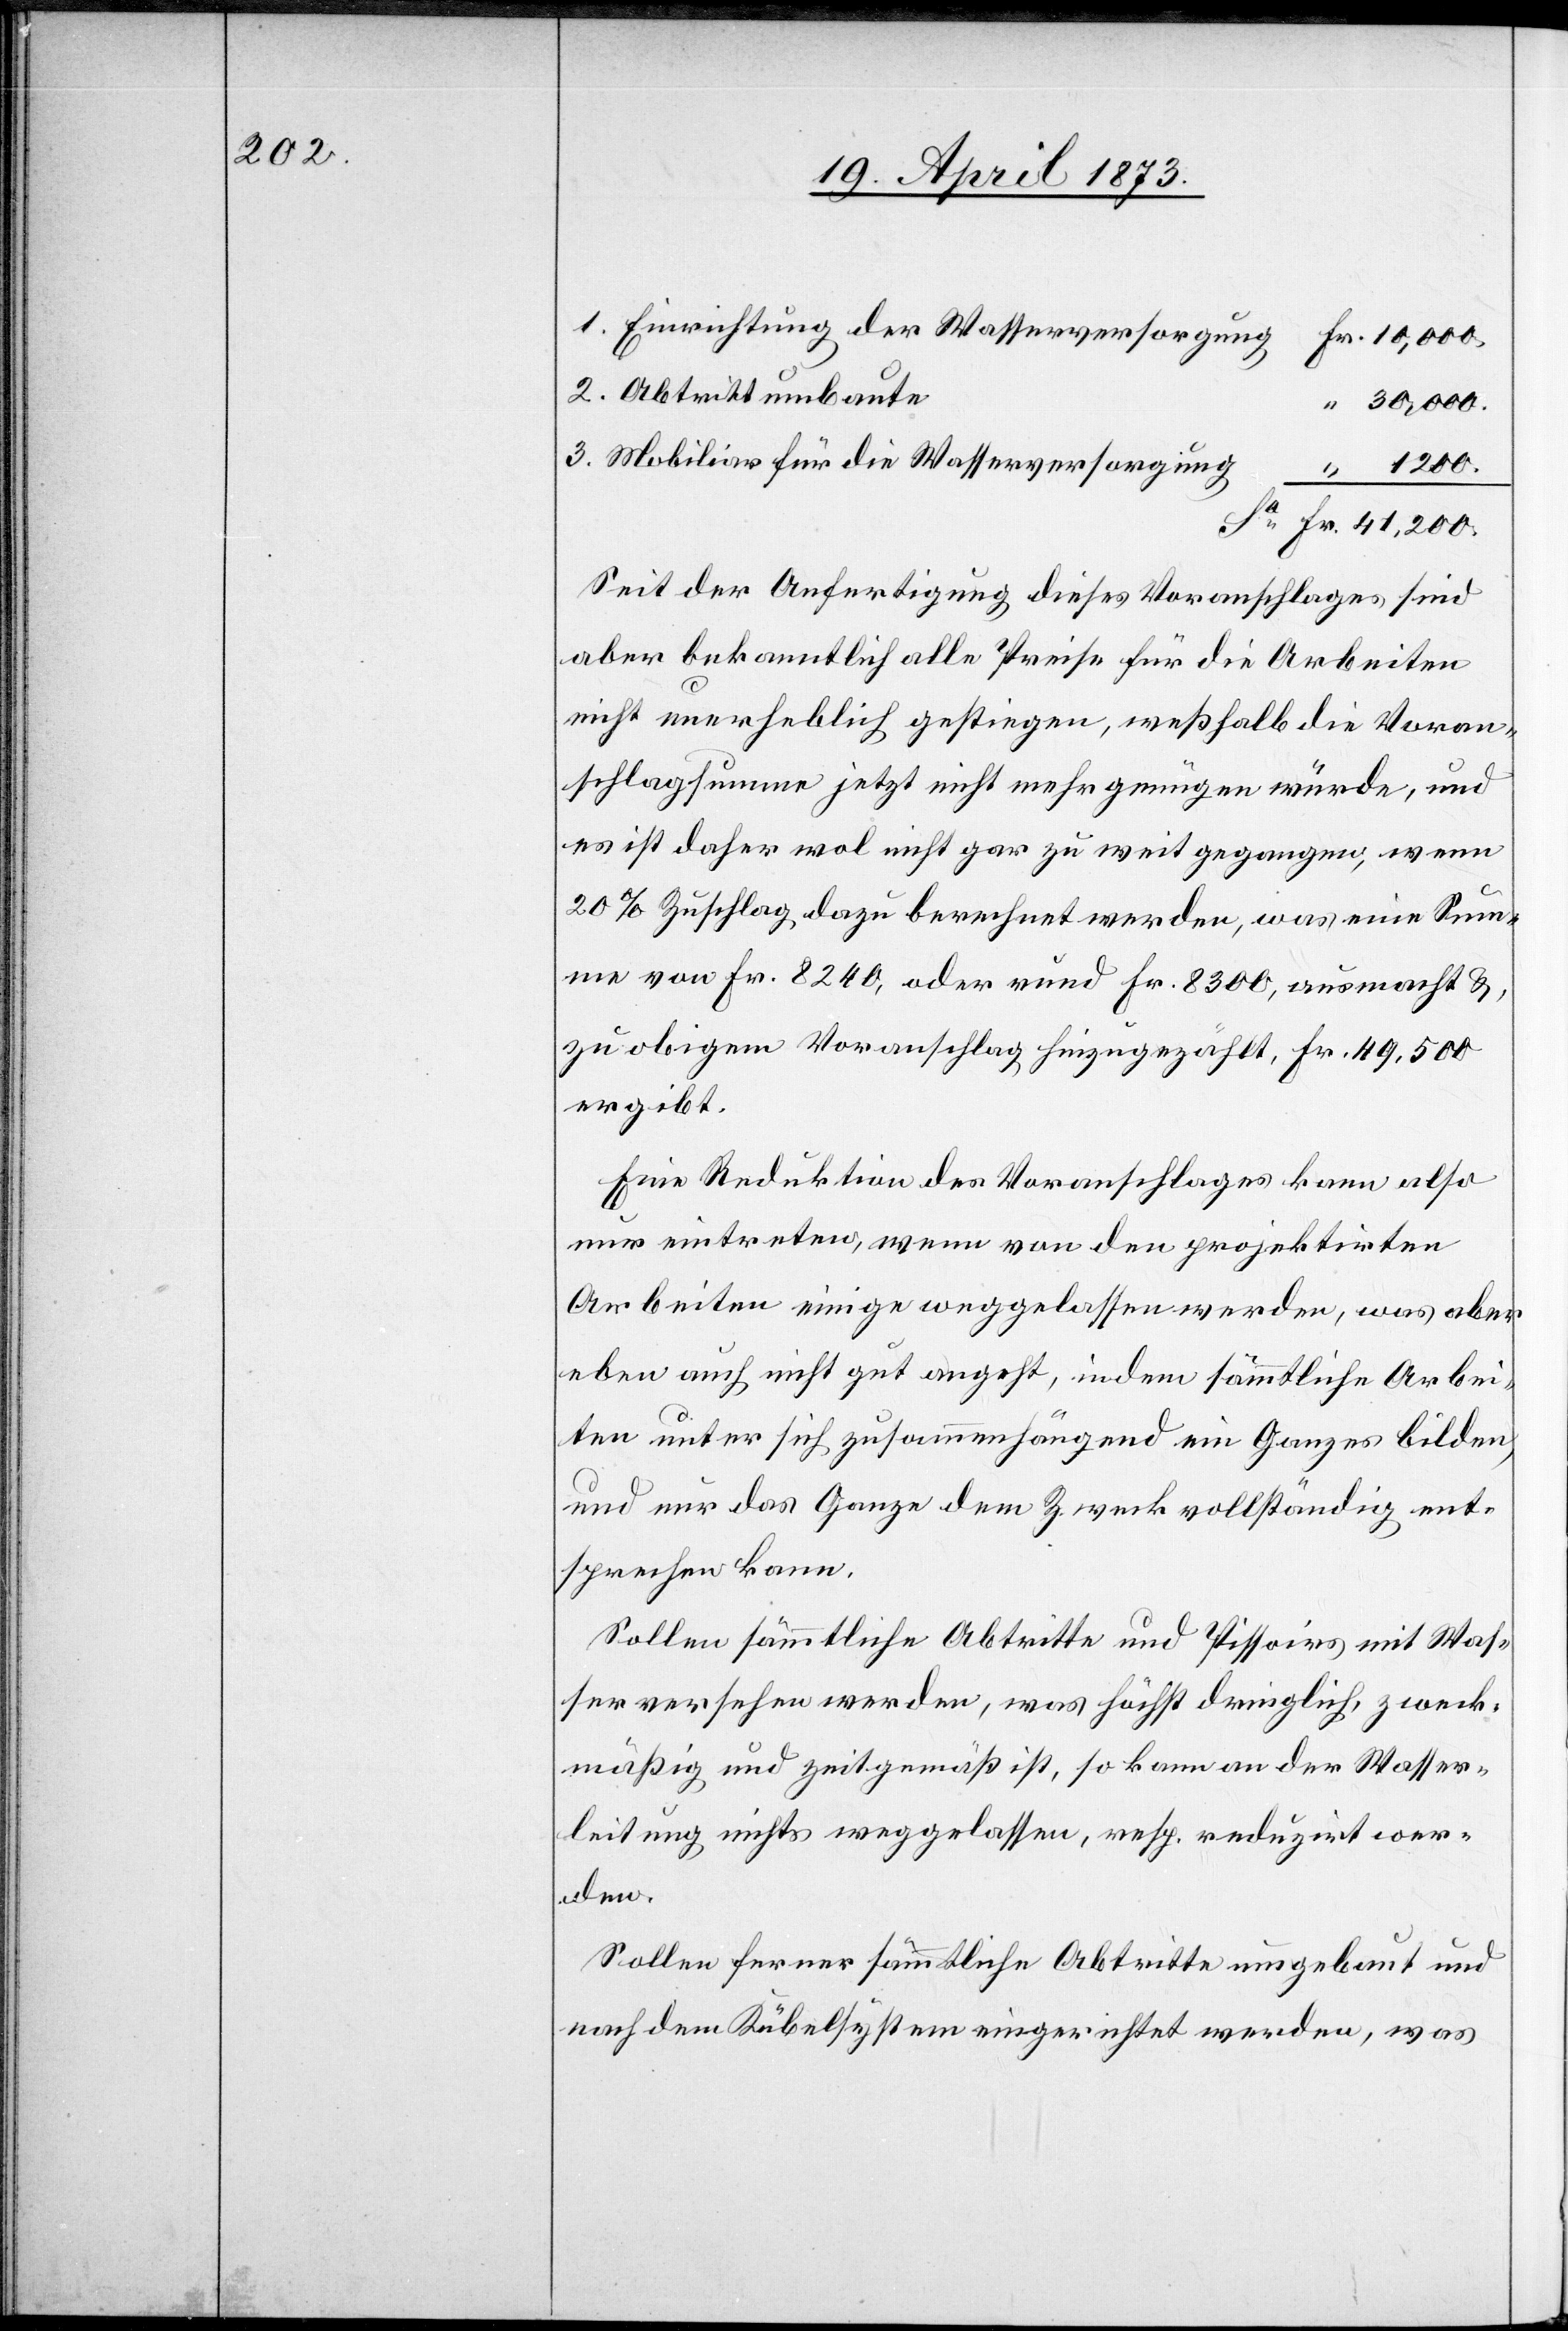
Einrichtung der Wasserversorgung
Abtrittumbaute
30,000.
Mobiliar für die Wasserversorgung
41,200.
Fr.
Seit der Anfertigung dieses Voranschlages sind
aber bekanntlich alle Preise für die Arbeiten
nicht unerheblich gestiegen, weßhalb die Voran¬
schlagsumme jetzt nicht mehr genügen würde, und
es ist daher wol nicht gar zu weit gegangen, wenn
20% Zuschlag dazu berechnet werden, was eine Sum¬
me von Fr. 8240, oder rund Fr. 8300, ausmacht &,
zu obigem Voranschlag hinzugezählt, Fr. 49,500
ergibt.
Eine Reduktion des Voranschlages kann also
nur eintreten, wenn von den projektirten
Arbeiten einige weggelassen werden, was aber
eben auch nicht gut angeht, indem sämmtliche Arbei¬
ten unter sich zusammenhängend ein Ganzes bilden,
und nur das Ganze dem Zweck vollständig ent¬
sprechen kann.
Sollen sämmtliche Abtritte und Pissoirs mit Was¬
ser versehen werden, was höchst dringlich, zweck¬
mäßig und zeitgemäß ist, so kann an der Wasser¬
leitung nichts weggelassen, rep. reduzirt wer¬
den.
Sollen ferner sämmtliche Abtritte umgebaut und
nach dem Kübelsystem eingerichtet werden, was